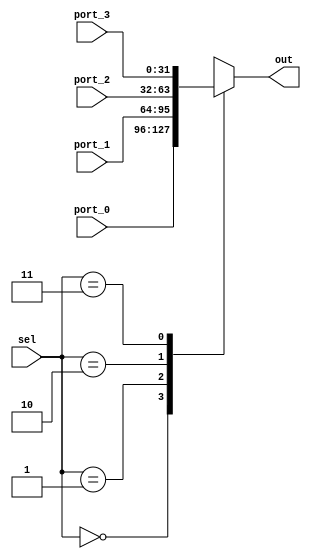
module mux4(
	input[1:0]  sel,
	input[31:0] port_0,
	input[31:0] port_1,
	input[31:0] port_2,
	input[31:0] port_3,
	output reg[31:0] out
);
always @(*) begin
	case(sel)
		2'b00: out = port_0;
		2'b01: out = port_1;
		2'b10: out = port_2;
		2'b11: out = port_3;
		default: out = port_0;
	endcase
end
endmodule